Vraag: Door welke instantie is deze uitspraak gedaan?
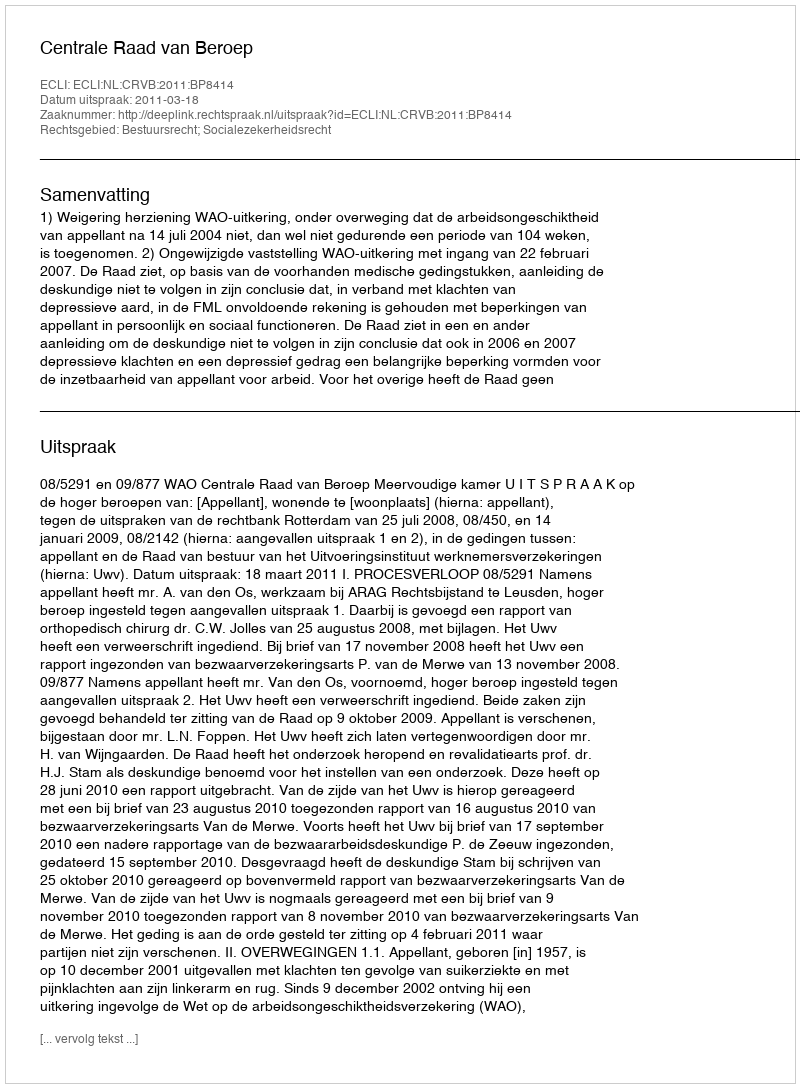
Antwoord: Centrale Raad van Beroep